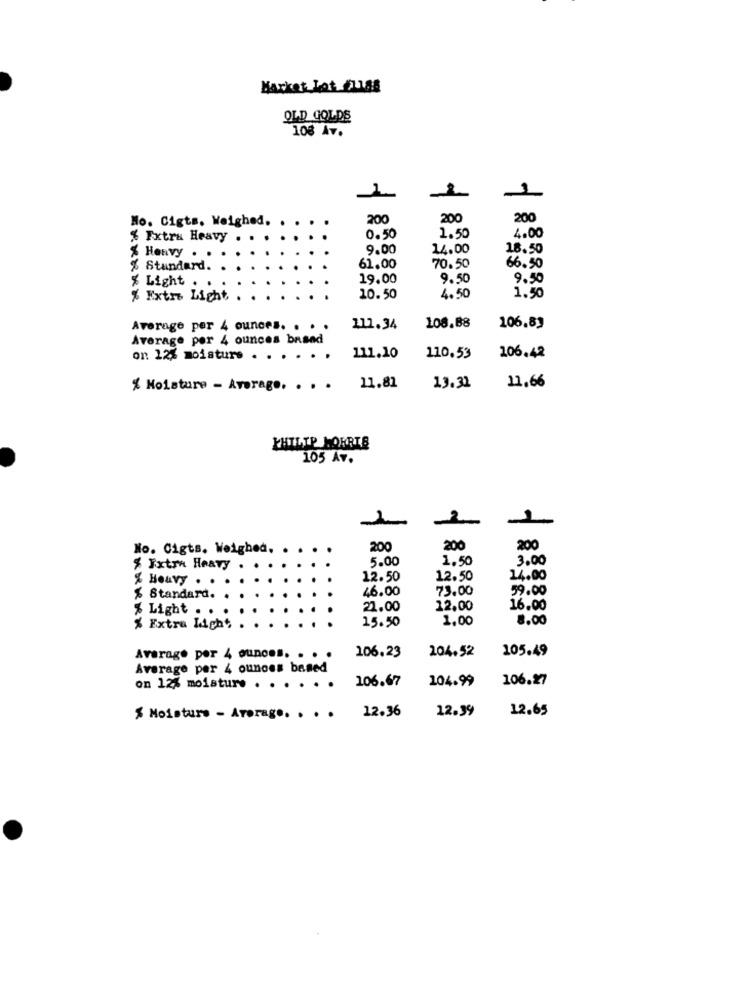
Market Lot Fuss
OLD GOLDS
108 Av.
.1
No. Cigts, Weighed.
200
200
200
% Extra Heavy
0.50
1.50
4.00
% Heavy
9.00
14.00
18.50
% Standard.
61.00
70.50
66.50
% Light
19.00
9.50
9.50
% Extra Light
10.50
4.50
1.50
Average per 4 ounces. . . .
111.34
108.88
106.83
Average per 4 ounces based
on 12% moisture . . . . .
111.10
110.53
106.42
11,66
% Moisture - Average. . . .
11.81
13.32
PHILIP MORRIS
105 Av.
No. Cigts. Weighed.
200
200
200
5.00
1.50
3.00
$ Extra Heavy
% Houvy .
12.50
12.50
14.00
46.00
73.00
59.00
$ Standard.
% Light .
21.00
12.00
16.00
15.50
1,00
8.00
% Extra Light
204.52
105.49
Average por 4 ounces. . .
106.23
Average per 4 ounoes based
106.67
104.99
106.27
on 12% moisture . . . . .
12.36
12.39
12.65
% Moisture - Atorago. . . .